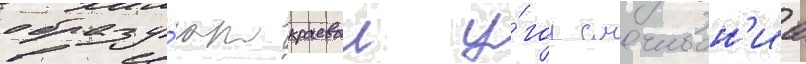
образу́ют краевои у́гол смачиван'иа